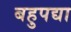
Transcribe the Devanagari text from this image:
बहुपद्या